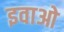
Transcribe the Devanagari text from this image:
इवाओ